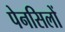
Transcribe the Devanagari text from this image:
पेनसिलों